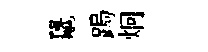
鼉跼炯